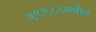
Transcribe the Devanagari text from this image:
१९९८८मधील